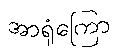
အာရုံကြော